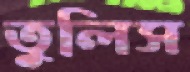
তুলিস